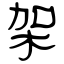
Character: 架